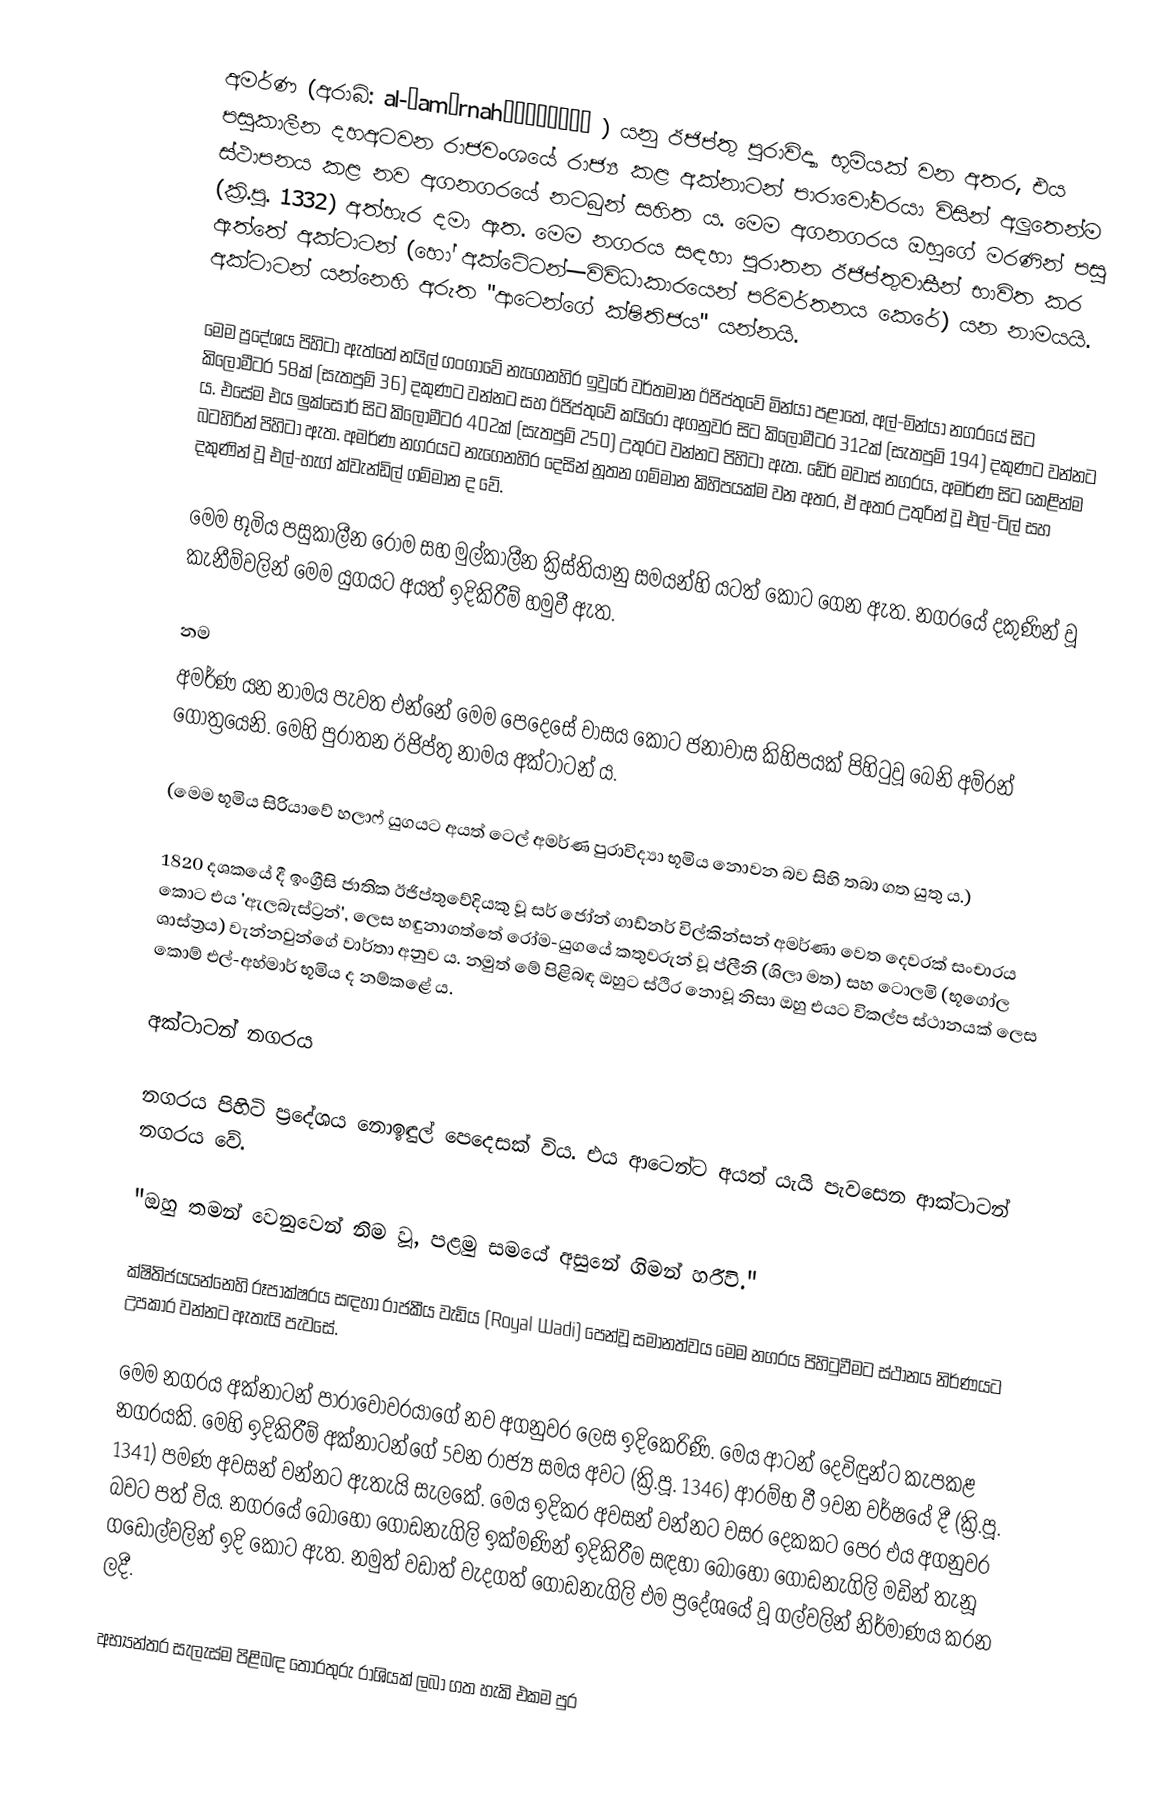
අමර්ණ (අරාබි: al-‘amārnahالعمارنة ) යනු ඊජිප්තු පුරාවිද්‍යා භූමියක් වන අතර, එය පසුකාලීන දහඅටවන රාජවංශයේ රාජ්‍ය කළ අක්නාටන් පාරාවෝවරයා විසින් අලුතෙන්ම ස්ථාපනය කළ නව අගනගරයේ නටබුන් සහිත ය. මෙම අගනගරය ඔහුගේ මරණින් පසු (ක්‍රි.පූ. 1332) අත්හැර දමා ඇත. මෙම නගරය සඳහා පුරාතන ඊජිප්තුවාසීන් භාවිත කර ඇත්තේ අක්ටාටන් (හෝ අක්ටේටන්—විවිධාකාරයෙන් පරිවර්තනය කෙරේ) යන නාමයයි. අක්ටාටන් යන්නෙහි අරුත "ආටෙන්ගේ ක්ෂිතිජය" යන්නයි.

මෙම ප්‍රදේශය පිහිටා ඇත්තේ නයිල් ගංගාවේ නැගෙනහිර ඉවුරේ වර්තමාන ඊජිප්තුවේ මින්යා පළාතේ, අල්-මින්යා නගරයේ සිට කිලෝමීටර 58ක් (සැතපුම් 36) දකුණට වන්නට සහ ඊජිප්තුවේ කයිරෝ අගනුවර සිට කිලෝමීටර 312ක් (සැතපුම් 194) දකුණට වන්නට ය. එසේම එය ලුක්සෝර් සිට කිලෝමීටර 402ක් (සැතපුම් 250) උතුරට වන්නට පිහිටා ඇත. ඩේර් මවාස් නගරය, අමර්ණ සිට කෙළින්ම බටහිරින් පිහිටා ඇත. අමර්ණ නගරයට නැගෙනහිර දෙසින් නූතන ගම්මාන කිහිපයක්ම වන අතර, ඒ අතර උතුරින් වූ එල්-ටිල් සහ දකුණින් වූ එල්-හැග් ක්වැන්ඩිල් ගම්මාන ද වේ.

මෙම භූමිය පසුකාලීන රෝම සහ මුල්කාලීන ක්‍රිස්තියානු සමයන්හි යටත් කොට ගෙන ඇත. නගරයේ දකුණින් වූ කැනීම්වලින් මෙම යුගයට අයත් ඉදිකිරීම් හමුවී ඇත.

නම
අමර්ණ යන නාමය පැවත එන්නේ මෙම ‍පෙදෙසේ වාසය කොට ජනාවාස කිහිපයක් පිහිටුවූ බෙනි අම්රන් ගෝත්‍රයෙනි. මෙහි පුරාතන ඊජිප්තු නාමය අක්ටාටන් ය.

(මෙම භූමිය සිරියාවේ හලාෆ් යුගයට අයත් ටෙල් අමර්ණ පුරාවිද්‍යා භූමිය නොවන බව සිහි තබා ගත යුතු ය.)

1820 දශකයේ දී ඉංග්‍රීසි ජාතික ඊජිප්තුවේදියකු වූ සර් ජෝන් ගාඩ්නර් විල්කින්සන් අමර්ණා වෙත දෙවරක්  සංචාරය කොට එය 'ඇලබැස්ට්‍රන්', ලෙස හඳුනාගත්තේ රෝම-යුගයේ කතුවරුන් වූ ප්ලීනි (ශිලා මත) සහ ටොලමි (භූගෝල ශාස්ත්‍රය) වැන්නවුන්ගේ වාර්තා අනුව ය. නමුත් මේ පිළිබඳ ඔහුට ස්ථිර නොවූ නිසා ඔහු එයට විකල්ප ස්ථානයක් ලෙස කොම් එල්-අහ්මාර් භූමිය ද නම්කළේ ය.

අක්ටාටන් නගරය

නගරය පිහිටි ප්‍රදේශය නොඉඳුල් පෙදෙසක් විය. එය ආටෙන්ට අයත් යැයි පැවසෙන ආක්ටාටන් නගරය වේ.

"ඔහු තමන් වෙනුවෙන් නිම වූ,  පළමු සමයේ අසුනේ ගිමන් හරීවි."

ක්ෂිතිජයයන්නෙහි රූපාක්ෂරය සඳහා රාජකීය වැඩිය (Royal Wadi) පෙන්වූ සමානත්වය මෙම නගරය පිහිටුවීමට ස්ථානය නිර්ණයට උපකාර වන්නට ඇතැයි පැවසේ.

මෙම නගරය අක්නාටන් පාරාවෝවරයාගේ නව අගනුවර ලෙස ඉදිකෙරිණි. මෙය ආටන් දෙවිඳුන්ට කැපකළ නගරයකි. මෙහි ඉදිකිරීම් අක්නාටන්ගේ 5වන රාජ්‍ය සමය අවට (ක්‍රි.පූ. 1346) ආරම්භ වී 9වන වර්ෂයේ දී (ක්‍රි.පූ. 1341) පමණ අවසන් වන්නට ඇතැයි සැලකේ. මෙය ඉදිකර අවසන් වන්නට වසර දෙකකට පෙර එය අගනුවර බවට පත් විය. නගරයේ ‍බොහෝ ගොඩනැගිලි ඉක්මණින් ඉදිකිරීම සඳහා බොහෝ ගොඩනැගිලි මඩින් තැනූ ගඩොල්වලින් ඉදි කොට ඇත. නමුත් වඩාත් වැදගත්‍ ගොඩනැගිලි එම ප්‍රදේශයේ වූ ගල්වලින් නිර්මාණය කරන ලදී.

අභ්‍යන්තර සැලැස්ම පිළිබඳ තොරතුරු රාශියක් ලබා ගත හැකි එකම පුර